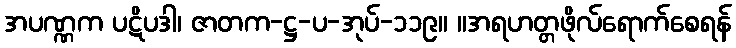
အပဏ္ဏက ပဋိပဒါ၊ ဇာတက-ဋ္ဌ-ပ-အုပ်-၁၁၉။ ။အရဟတ္တဖိုလ်ရောက်စေရန်